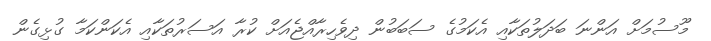
މޫސުމަށް އަންނަ ބަދަލުތަކާއި އެކަމުގެ ސަބަބުން ދިވެހިރާއްޖެއަށް ކުރާ އަސަރުތަކާއި އެކަންކަމާ ގުޅިގެން